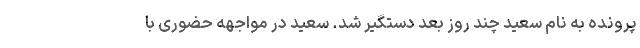
پرونده به‌ نام سعید چند روز بعد دستگیر شد. سعید در مواجهه حضوری با